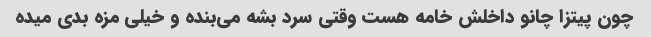
چون پیتزا چانو داخلش خامه هست وقتی سرد بشه می‌بنده و خیلی مزه بدی میده